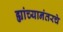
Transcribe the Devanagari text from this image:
ह्यांच्यानंतरचे